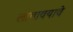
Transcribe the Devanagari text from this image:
लावावयावे